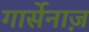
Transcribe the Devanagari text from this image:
गार्सेनाज़